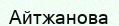
Айтжанова